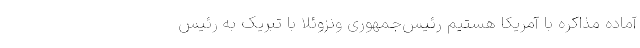
آماده مذاکره با آمریکا هستیم رئیس‌جمهوری ونزوئلا با تبریک به رئیس